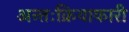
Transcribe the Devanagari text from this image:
अन्तःक्रियाकारी